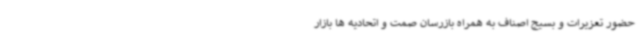
حضور تعزیرات و بسیج اصناف به همراه بازرسان صمت و اتحادیه ها بازار